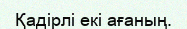
Қадірлі екі ағаның.